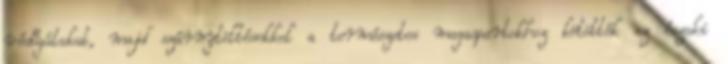
védőgátakat, majd szárnytöltésekkel a természetes magaspartokhoz kötötték az északi